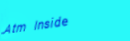
Atm Inside